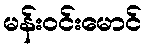
မန်းဝင်းမောင်